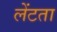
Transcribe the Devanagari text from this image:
लेंटता